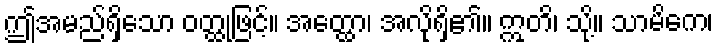
ဤအမည်ရှိသော ဝတ္ထုဖြင့်။ အတ္ထော၊ အလိုရှိ၏။ ဣတိ၊ သို့။ သာမိကေ၊